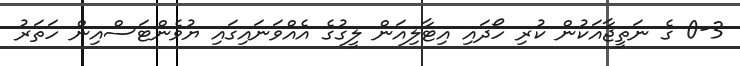
0-3 ގެ ނަތީޖާއަކުން ކުރި ހޯދައި އިޓާލިއަން ލީގުގެ އެއްވަނައިގައި ޔުވެންޓަސްއިން ހަތަރު